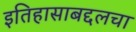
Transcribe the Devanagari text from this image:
इतिहासाबद्दलचा